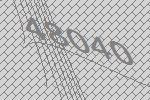
48040